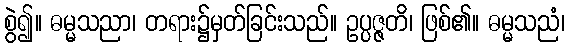
စွဲ၍။ ဓမ္မသညာ၊ တရား၌မှတ်ခြင်းသည်။ ဥပ္ပဇ္ဇတိ၊ ဖြစ်၏။ ဓမ္မသညံ၊